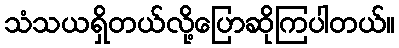
သံသယရှိတယ်လို့ပြောဆိုကြပါတယ်။